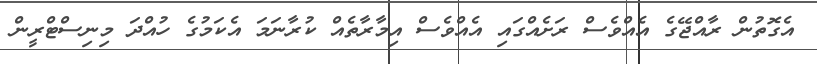
އެގޮތުން ރާއްޖޭގެ އެއްވެސް ރަށެއްގައި އެއްވެސް އިމާރާތެއް ކުރާނަމަ އެކަމުގެ ހުއްދަ މިނިސްޓްރީން